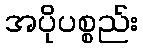
အပိုပစ္စည်း